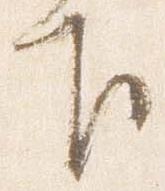
下